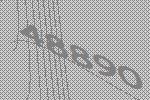
48890